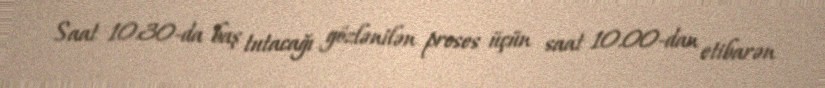
Saat 10.30-da baş tutacağı gözlənilən proses üçün saat 10.00-dan etibarən